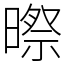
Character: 暩